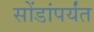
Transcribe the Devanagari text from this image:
सोंडांपर्यंत